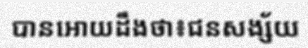
បានអោយដឹងថា៖ជនសង្ស័យ